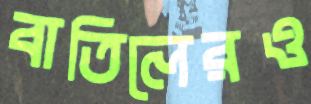
বাতিলেরও